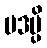
ပဒမ္ပိ